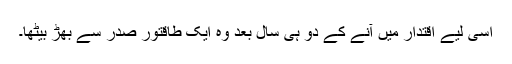
اسی لیے اقتدار میں آنے کے دو ہی سال بعد وہ ایک طاقتور صدر سے بھڑ بیٹھا۔